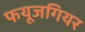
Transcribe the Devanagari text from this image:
फयूजगियर